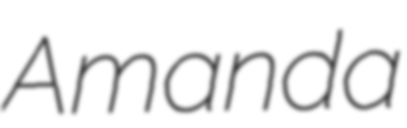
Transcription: Amanda